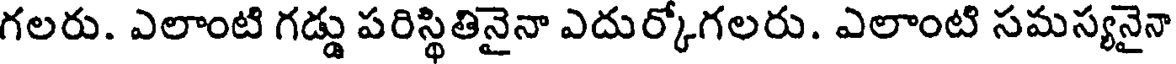
గలరు. ఎలాంటి గడ్డు పరిస్థితినైనా ఎదుర్కోగలరు. ఎలాంటి సమస్యనైనా